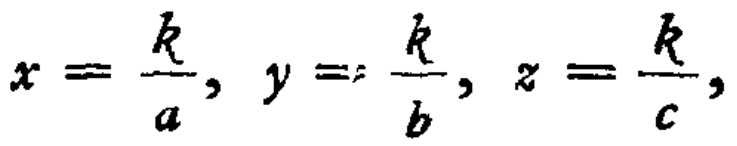
\(x = \frac{k}{a}, y = \frac{k}{b}, z = \frac{k}{c},\)